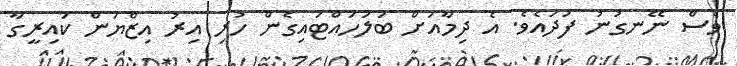
ވެސް ނޭނގުނު ފަދައެވެ. އެ ދިމާއަށް ބަލަހައްޓައިގެން ހުރި އިރު އިޒްޔަން ކައިރީގާ